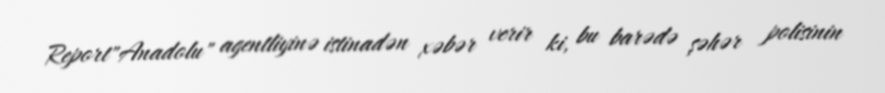
Report"Anadolu" agentliyinə istinadən xəbər verir ki, bu barədə şəhər polisinin